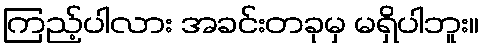
ကြည့်ပါလား အခင်းတခုမှ မရှိပါဘူး။